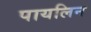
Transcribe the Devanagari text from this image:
पायलिन